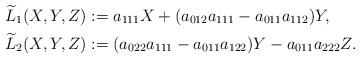
LaTeX: \begin{align*}\widetilde{L}_1(X, Y, Z) &:= a_{111}X +(a_{012}a_{111} - a_{011}a_{112})Y,\\\widetilde{L}_2(X, Y, Z) &:= (a_{022}a_{111} - a_{011}a_{122})Y- a_{011}a_{222}Z.\end{align*}